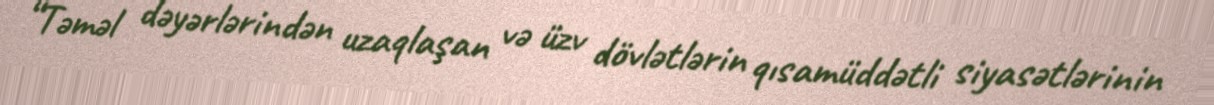
“Təməl dəyərlərindən uzaqlaşan və üzv dövlətlərin qısamüddətli siyasətlərinin